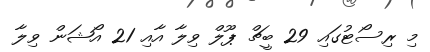
މި ރިސޯޓުގައި 29 ބީޗް ޕޫލް ވިލާ އާއި 21 އޯޝަން ވިލާ